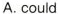
A.could